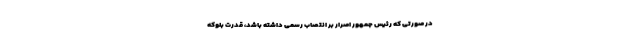
در صورتی که رئیس جمهور اصرار بر انتصاب رسمی داشته باشد، قدرت بلوکه